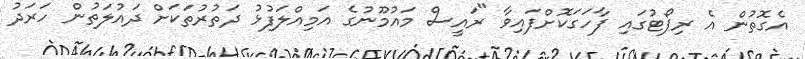
އެގޮތުން އެ ރިޕޯޓުގައި ފާހަގަކޮށްފައިވާ "ރައީސް މައުމޫނުގެ އަމިއްލަފުޅު ދަތުރުތަކަށް ދައުލަތުން ހަރަދު